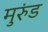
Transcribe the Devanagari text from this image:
मुरुंड